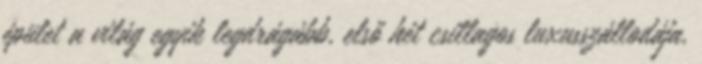
épület a világ egyik legdrágább, első hét csillagos luxusszállodája,